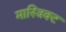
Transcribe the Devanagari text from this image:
मास्त्रिक्ट